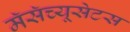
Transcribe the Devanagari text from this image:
मॅसॅच्यूसेटस